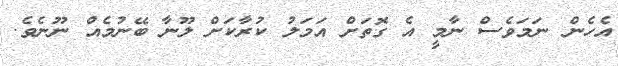
އެހެން ނަމަވެސް ނާމީ އެ ގޮތަށް އަމަލު ކުރާކަށް ލޫނާ ބޭނުމެއް ނޫނެވެ.